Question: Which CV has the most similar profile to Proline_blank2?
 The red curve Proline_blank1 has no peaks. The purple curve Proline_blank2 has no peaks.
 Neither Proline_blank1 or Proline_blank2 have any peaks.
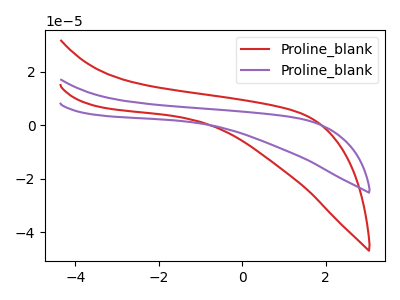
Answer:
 <answer>The CV with the most similar shape to "Proline_blank1" is "Proline_blank2".</answer>
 <eval>"Proline_blank2"</eval>